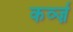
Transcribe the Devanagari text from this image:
कर्व्ज़